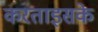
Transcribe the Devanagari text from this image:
करताइसके